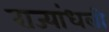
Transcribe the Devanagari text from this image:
राज्यांधली